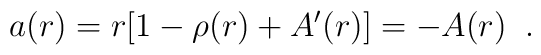
a(r)=r[1-\rho(r)+A'(r)]=-A(r) \;\;.